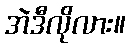
အဲဒီလိုလား။